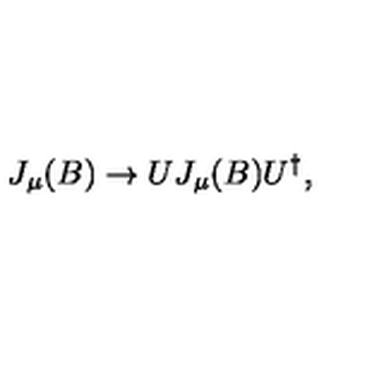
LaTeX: J _ { \mu } ( B ) \rightarrow U J _ { \mu } ( B ) U ^ { \dagger } ,